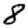
Digit: 8